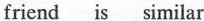
friend is similar